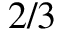
2 / 3